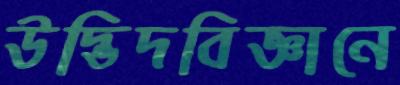
উদ্ভিদবিজ্ঞানে